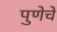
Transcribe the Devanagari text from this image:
पुणेचे